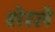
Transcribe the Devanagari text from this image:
शेरले